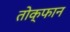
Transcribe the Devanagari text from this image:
तोक्फान